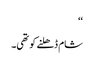
‘‘
شام ڈھلنے کو تھی۔